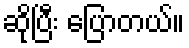
ဆိုပြီး ပြောတယ်။